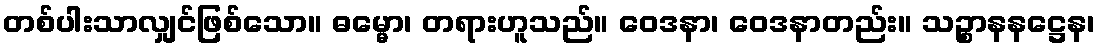
တစ်ပါးသာလျှင်ဖြစ်သော။ ဓမ္မော၊ တရားဟူသည်။ ဝေဒနာ၊ ဝေဒနာတည်း။ သဉ္စာနနဋ္ဌေန၊